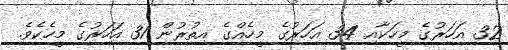
32 އަހަރުގެ މީހަކާއި 34 އަހަރުގެ މީހެއްގެ އިތުރުން 31 އަހަރުގެ މީހެކެވެ.